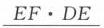
\(EF\cdot DE\)